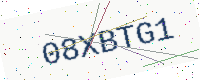
Text: 08XBTG1